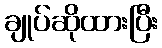
ချုပ်ဆိုထားပြီး